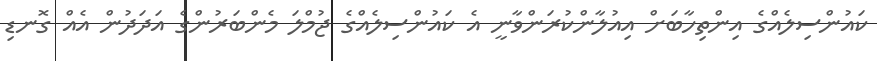
ކައުންސިލެއްގެ އިންތިހާބަށް އިއުލާންކުރަންވާނީ އެ ކައުންސިލެއްގެ ޖުމްލަ މެންބަރުންގެ އަދަދުން އެއް ގޮނޑި